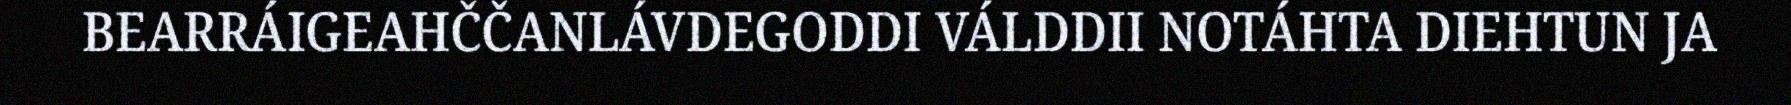
BEARRÁIGEAHČČANLÁVDEGODDI VÁLDDII NOTÁHTA DIEHTUN JA